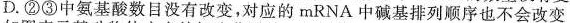
D. ②③中氨基酸数目没有改变，对应的mRNA中碱基排列顺序也不会改变